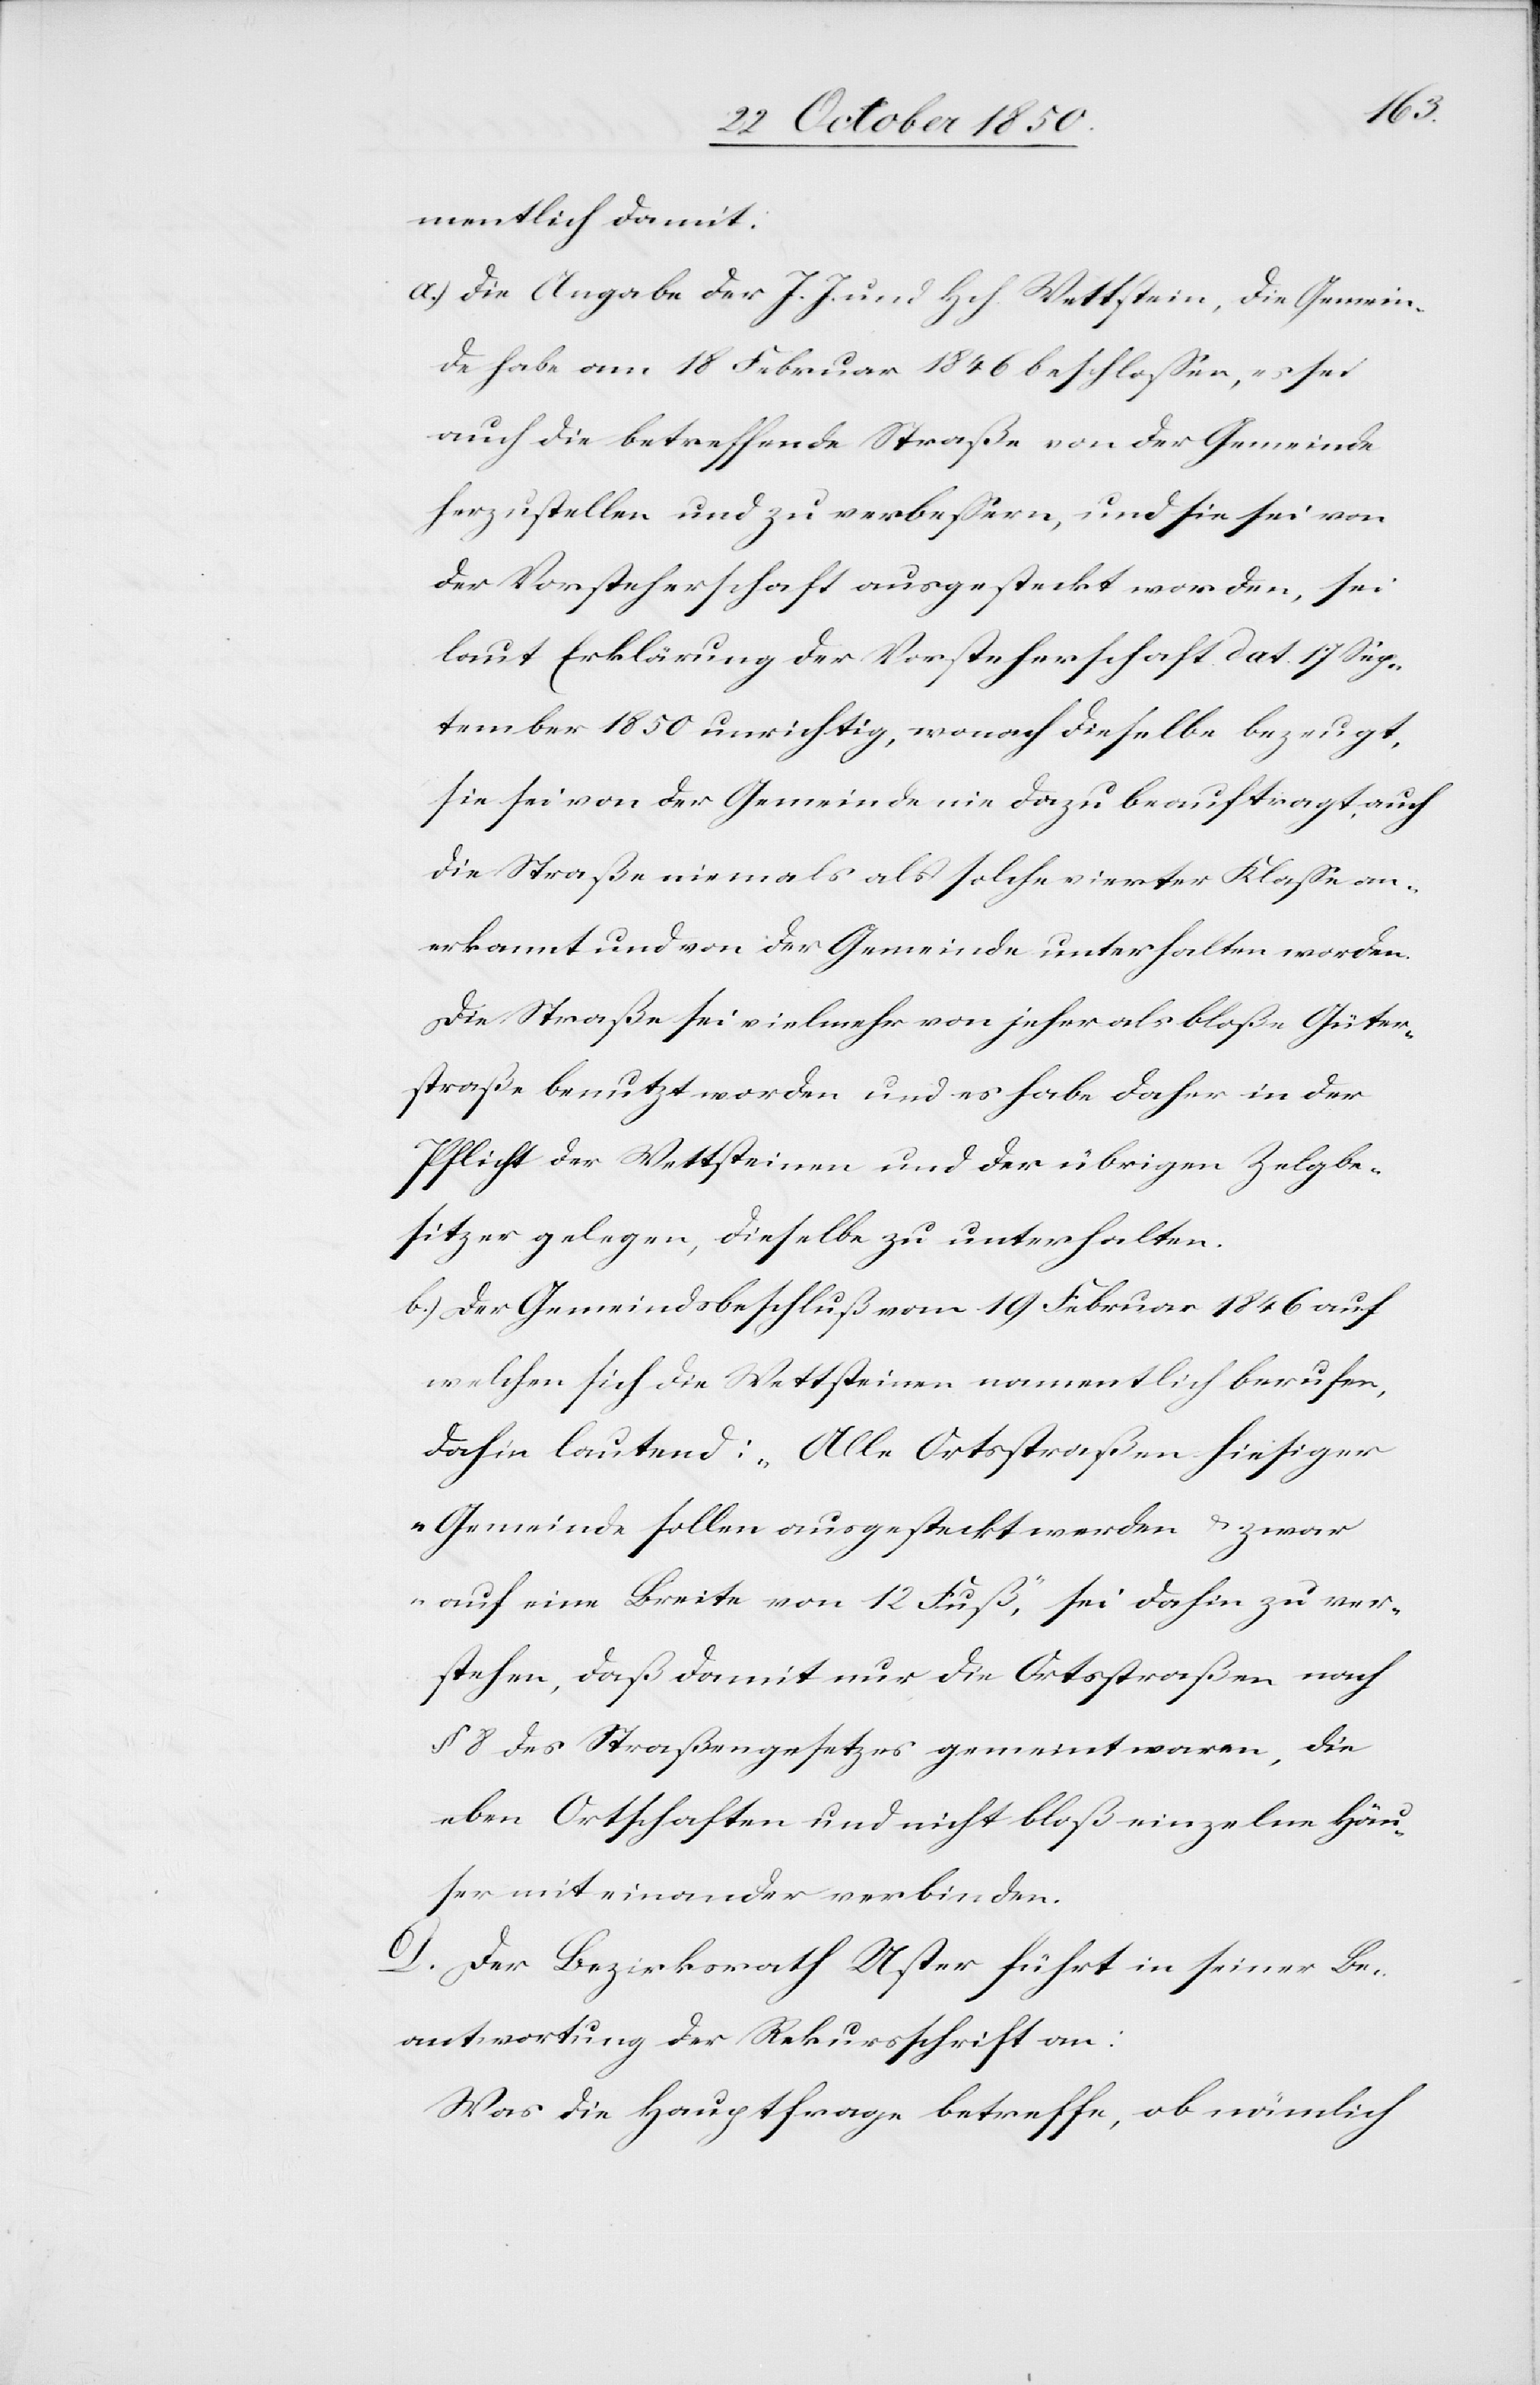
mentlich damit:
a.) Die Angabe der J. J. und Hch. Wettstein, die Gemein¬
de habe am 18 Februar 1846 beschlossen, es sei
auch die betreffende Straße von der Gemeinde
herzustellen und zu verbessern, und sie sei von
der Vorsteherschaft ausgesteckt worden, sei
laut Erklärung der Vorsteherschaft dat. 17 Sep¬
tember 1850 unrichtig, wonach dieselbe bezeugt,
sie sei von der Gemeinde nie dazu beauftragt, auch
die Straße niemals als solche vierter Klasse an¬
erkannt und von der Gemeinde unterhalten worden.
Die Straße sei vielmehr von jeher als bloße Güter¬
straße benutzt worden und es habe daher in der
Pflicht der Wettsteinen und der übrigen Zelgbe¬
sitzer gelegen, dieselbe zu unterhalten.
b.) Der Gemeindsbeschluß vom 19 Februar 1846 auf
welchen sich die Wettsteinen namentlich berufen,
dahin lautend: „Alle Ortsstraßen hiesiger
Gemeinde sollen ausgesteckt werden u. zwar
auf eine Breite von 12 Fuß“, sei dahin zu ver¬
stehen, daß damit nur die Ortsstraßen nach
§ 8 des Straßengesetzes gemeint waren, die
eben Ortschaften und nicht bloß einzelne Häu¬
ser mit einander verbinden.
D. Der Bezirksrath Uster führt in seiner Be¬
antwortung der Rekursschrift an:
Was die Hauptfrage betreffe, ob nämlich